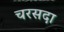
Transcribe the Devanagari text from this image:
चरसदा